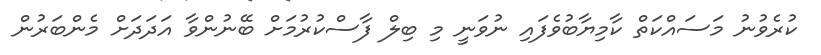
ކުރެވުނު މަސައްކަތް ކާމިޔާބުވެފައި ނުވަނީ މި ބިލް ފާސްކުރުމަށް ބޭނުންވާ އަދަދަށް މެންބަރުން